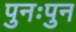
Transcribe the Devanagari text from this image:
पुनःपुन